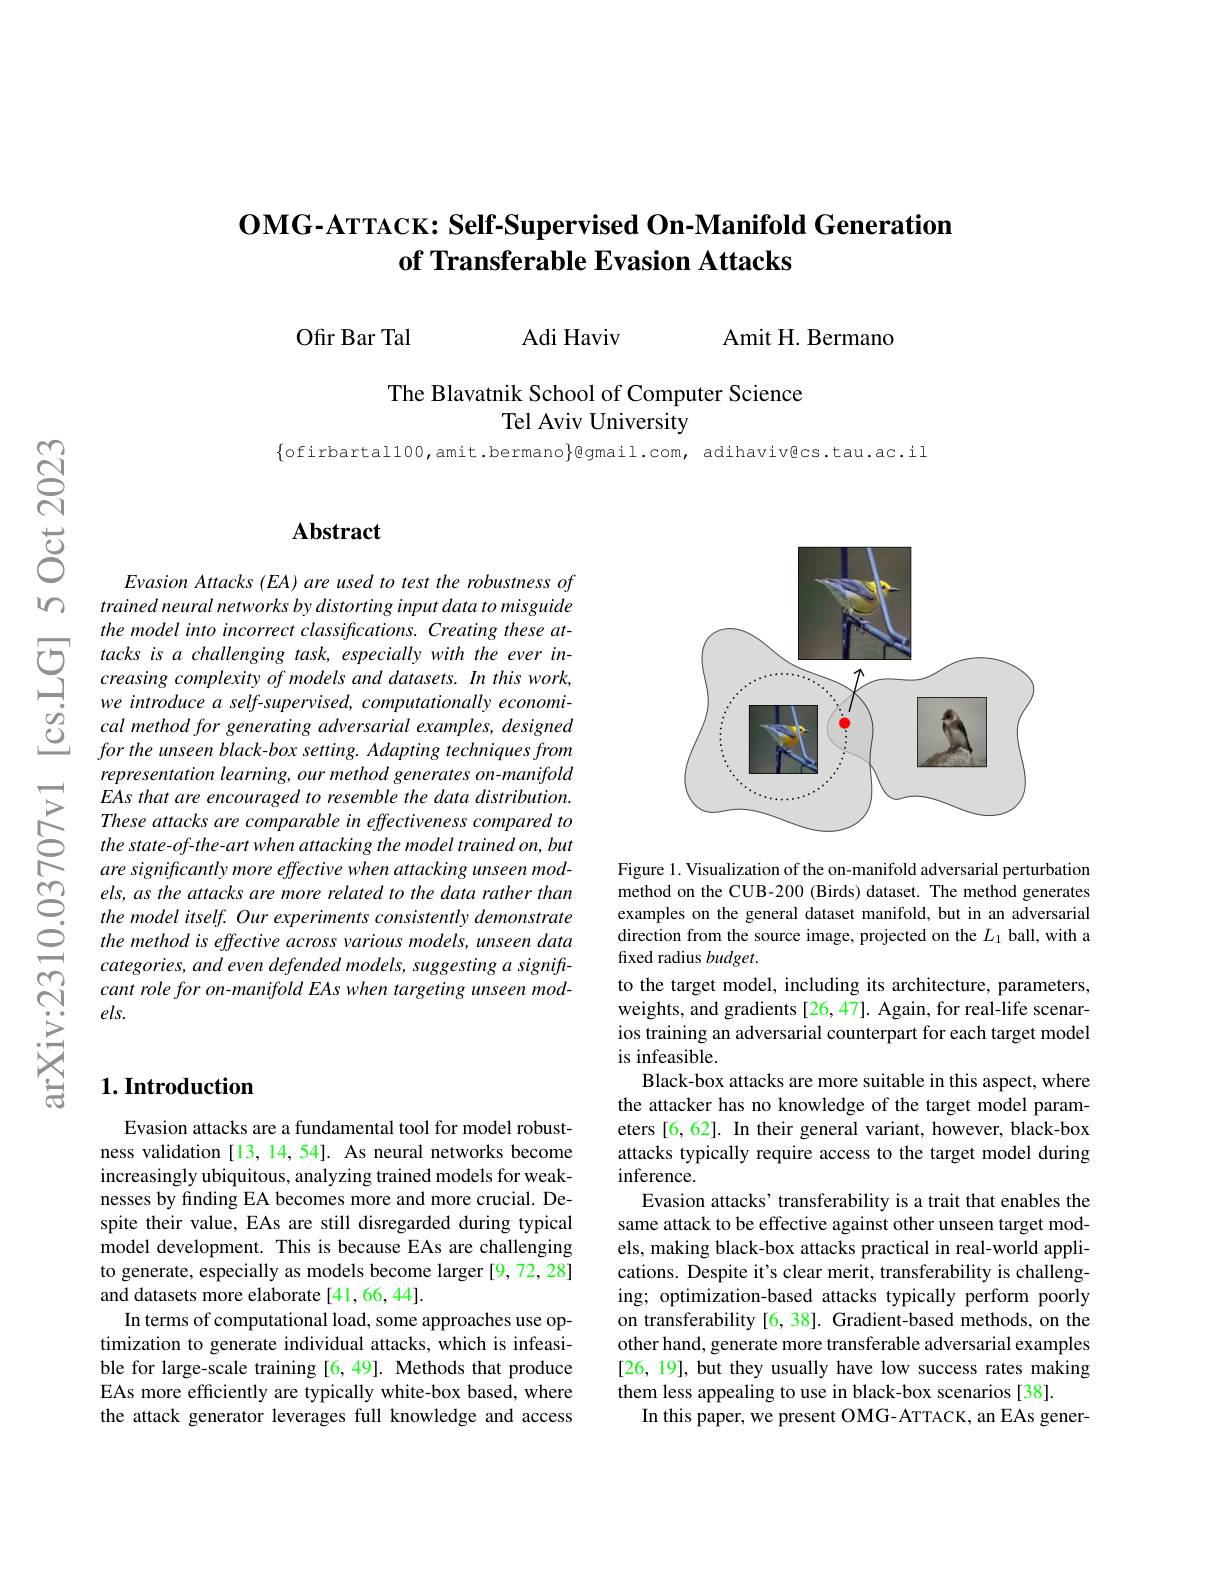
## $\textbf{OMG- ATTACK: Self- Supervised On- Manifold Generation}$ of Transferable Evasion Attacks

Ofır Bar Tal Adi Haviv

Amit H. Bermano

The Blavatnik School of Computer Science
Tel Aviv University

$\{$ofirbartal100,amit.bermano}gmail.com, adihaviv@cs.tau.ac.il

# Abstract

$Evasion\textit{Attacks ( EA) are used to test the robustness of}$ trained neural networks by distorting input data to misguide the model into incorrect classifications. Creating these at-
$\sum_{\begin{array}{cc}{&tacks~is~a~challenging~task,~especially~with~the~ever~in-}\\{&creasing~complexity~of~models~and~datasets.~In~this~work,}\end{array}}$
we introduce a self-supervised, computationally economical method for generating adversarial examples, designed for the unseen black- box setting. Adapting techniques from representation learning, our method generates on-manifold EAs that are encouraged to resemble the data distribution. These attacks are comparable in effectiveness compared to the state-of-the- art when attacking the model trained on, but are significantly more effective when attacking unseen models, as the attacks are more related to the data rather than the model itself. Our experiments consistently demonstrate the method is effective across various models, unseen data categories, and even defended models, suggesting a signiftcant role for on-manifold EAs when targeting unseen mod- $els.$

### $1. \textbf{Introduction}$

Evasion attacks are a fundamental tool for model robustness validation [13,14,54]. As neural networks become increasingly ubiquitous, analyzing trained models for weaknesses by finding EA becomes more and more crucial. Despite their value, EAs are still disregarded during typical model development. This is because EAs are challenging to generate, especially as models become larger [9,72,28] and datasets more elaborate [41,66,44].
In terms of computational load, some approaches use optimization to generate individual attacks,which is infeasible for large-scale training [6,49]. Methods that produce EAs more efficiently are typically white-box based, where the attack generator leverages full knowledge and access

<FigureHere>

Figure 1. Visualization of the on-manifold adversarial perturbation method on the CUB-200 (Birds) dataset. The method generates examples on the general dataset manifold, but in an adversarial direction from the source image, projected on the $L_1$ ball, with a fixed radius budget.
to the target model, including its architecture, parameters, weights, and gradients [26,47]. Again, for real-life scenarios training an adversarial counterpart for each target model is infeasible.
Black-box attacks are more suitable in this aspect, where the attacker has no knowledge of the target model parameters [6,62]. In their general variant, however, black-box attacks typically require access to the target model during inference.
Evasion attacks' transferability is a trait that enables the same attack to be effective against other unseen target models, making black-box attacks practical in real-world applications. Despite it's clear merit, transferability is challenging; optimization-based attacks typically perform poorly on transferability [6, 38]. Gradient-based methods, on the other hand, generate more transferable adversarial examples [26, 19], but they usually have low success rates making them less appealing to use in black-box scenarios [38].
In this paper, we present OMG- ATTACK, an EAs gener-